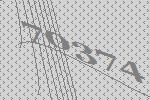
70374